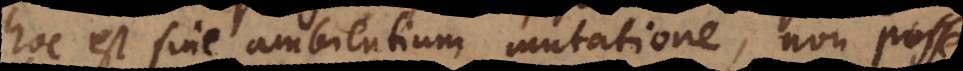
hoc est sine ambientium mutatione, non posse